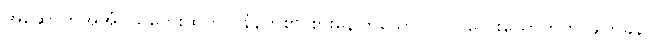
အဆောက်အအုံငယ်လေးထဲတွင် နံနက်စာ စားနေကြသော ပုလိပ်လေးယောက်ကို ဖျတ်ခနဲ